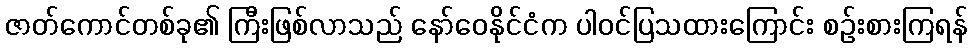
ဇာတ်ကောင်တစ်ခု၏ ကြီးဖြစ်လာသည် နော်ဝေနိုင်ငံက ပါဝင်ပြသထားကြောင်း စဉ်းစားကြရန်